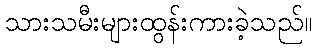
သားသမီးများထွန်းကားခဲ့သည်။